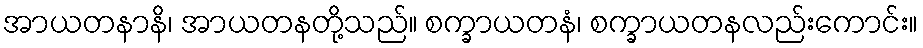
အာယတနာနိ၊ အာယတနတို့သည်။ စက္ခာယတနံ၊ စက္ခာယတနလည်းကောင်း။